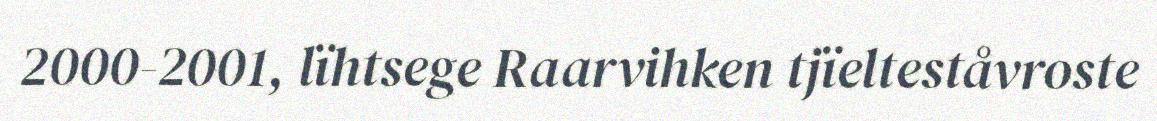
2000-2001, lïhtsege Raarvihken tjïelteståvroste